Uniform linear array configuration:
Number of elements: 8
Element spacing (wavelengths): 1
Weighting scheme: kaiser
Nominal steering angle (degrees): -30
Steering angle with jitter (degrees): -31.981
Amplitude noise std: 0.05
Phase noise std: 0.05

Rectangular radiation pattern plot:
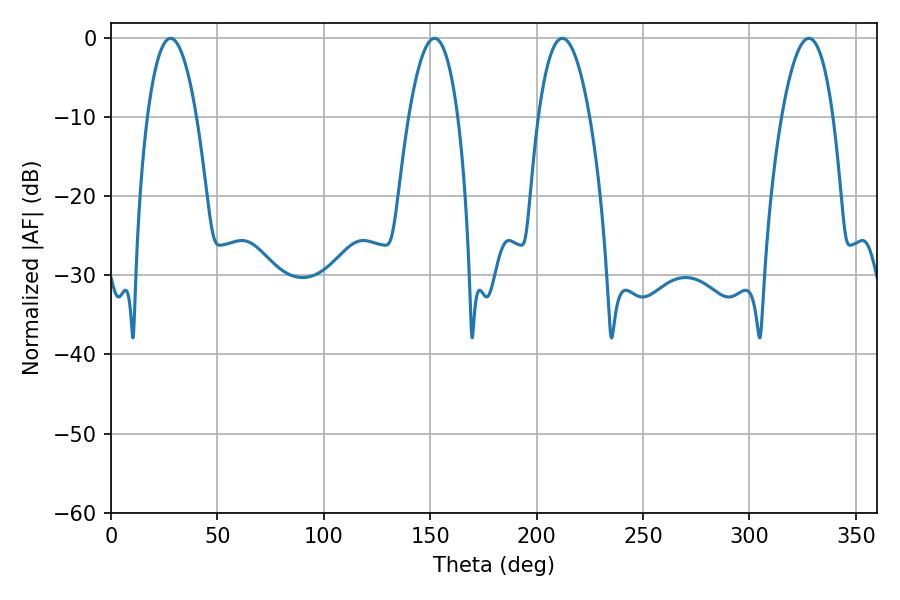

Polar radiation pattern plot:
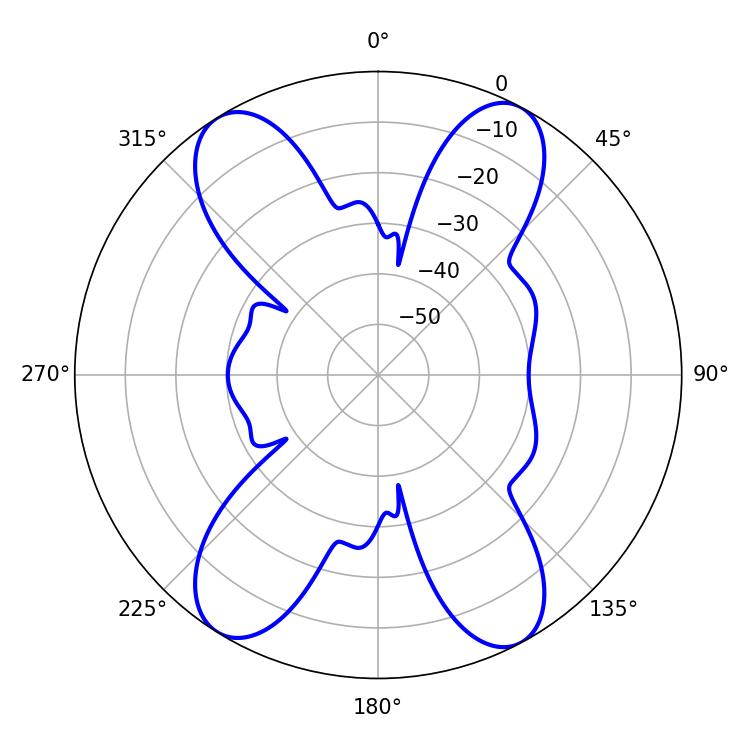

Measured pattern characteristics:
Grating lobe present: TRUE
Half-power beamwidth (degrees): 13.5
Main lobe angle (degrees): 212.04